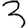
Digit: 3